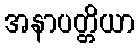
အနာပတ္တိယာ